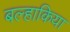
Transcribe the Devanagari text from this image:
बल्हाकिया